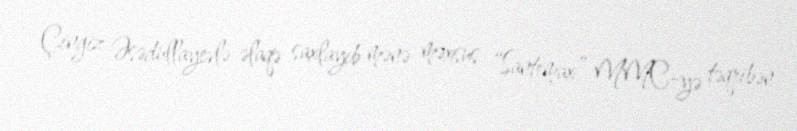
Çingiz Əsədullayevlə əlaqə saxlayıb mənə məxsus “Santemax” MMC-yə təqribən